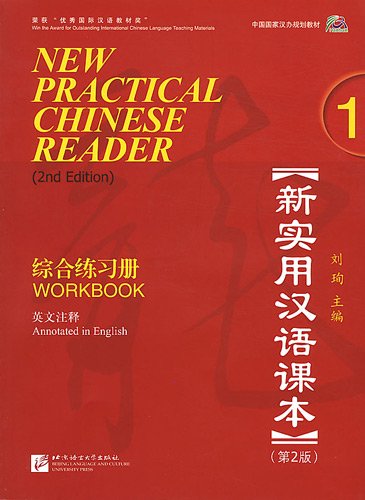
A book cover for New Practical Chinese Reader, Vol. 1: Workbook (W/MP3), 2nd Edition (English and Mandarin Chinese Edition); Liu Xun; Reference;